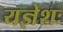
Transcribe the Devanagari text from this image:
यज्ञेशः